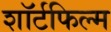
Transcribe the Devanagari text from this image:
शॉर्टफिल्म